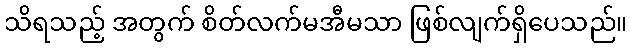
သိရသည့် အတွက် စိတ်လက်မအီမသာ ဖြစ်လျက်ရှိပေသည်။